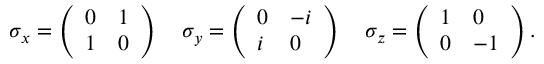
\sigma _ { x } = { \left( \begin{array} { l l } { 0 } & { 1 } \\ { 1 } & { 0 } \end{array} \right) } \, \quad \sigma _ { y } = { \left( \begin{array} { l l } { 0 } & { - i } \\ { i } & { 0 } \end{array} \right) } \, \quad \sigma _ { z } = { \left( \begin{array} { l l } { 1 } & { 0 } \\ { 0 } & { - 1 } \end{array} \right) } \, .